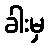
ခါးမှ